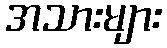
အသားများ